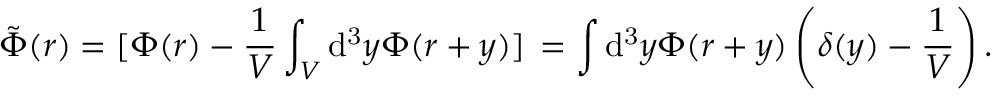
\tilde { \Phi } ( r ) = [ \Phi ( r ) - \frac { 1 } { V } \int _ { V } \mathrm { d ^ { 3 } } y \Phi ( r + y ) ] \, { } = \int \mathrm { d ^ { 3 } } y \Phi ( r + y ) \left( \delta ( y ) - \frac { 1 } { V } \right) .